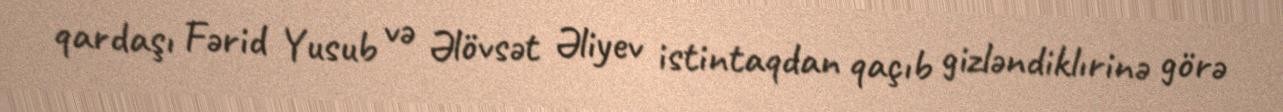
qardaşı Fərid Yusub və Əlövsət Əliyev istintaqdan qaçıb gizləndiklırinə görə